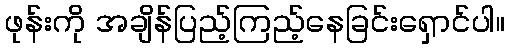
ဖုန်းကို အချိန်ပြည့်ကြည့်နေခြင်းရှောင်ပါ။